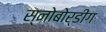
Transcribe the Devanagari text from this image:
स्नोबोर्डींग